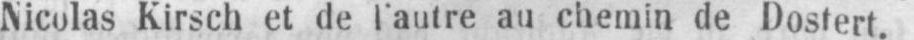
Nicolas Kirsch et de l’autre au chemin de Dostert.